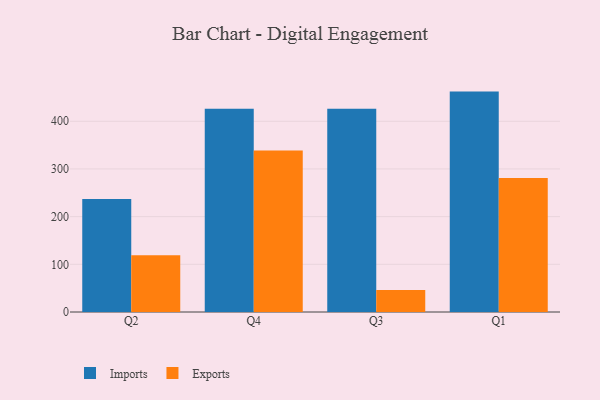
{"axis": {"x": "Quarter", "y": "Production Output"}, "legend": ["Exports", "Imports"], "data": [{"x": "Q2", "y": 236.9, "type": "Imports"}, {"x": "Q2", "y": 118.8, "type": "Exports"}, {"x": "Q4", "y": 426.0, "type": "Imports"}, {"x": "Q4", "y": 338.8, "type": "Exports"}, {"x": "Q3", "y": 426.4, "type": "Imports"}, {"x": "Q3", "y": 46.2, "type": "Exports"}, {"x": "Q1", "y": 462.2, "type": "Imports"}, {"x": "Q1", "y": 281.2, "type": "Exports"}]}